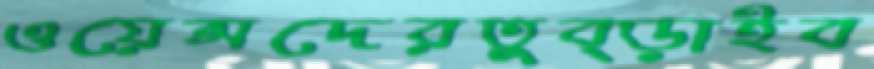
ওয়েন্সদেরতুব্‌ড়াইব